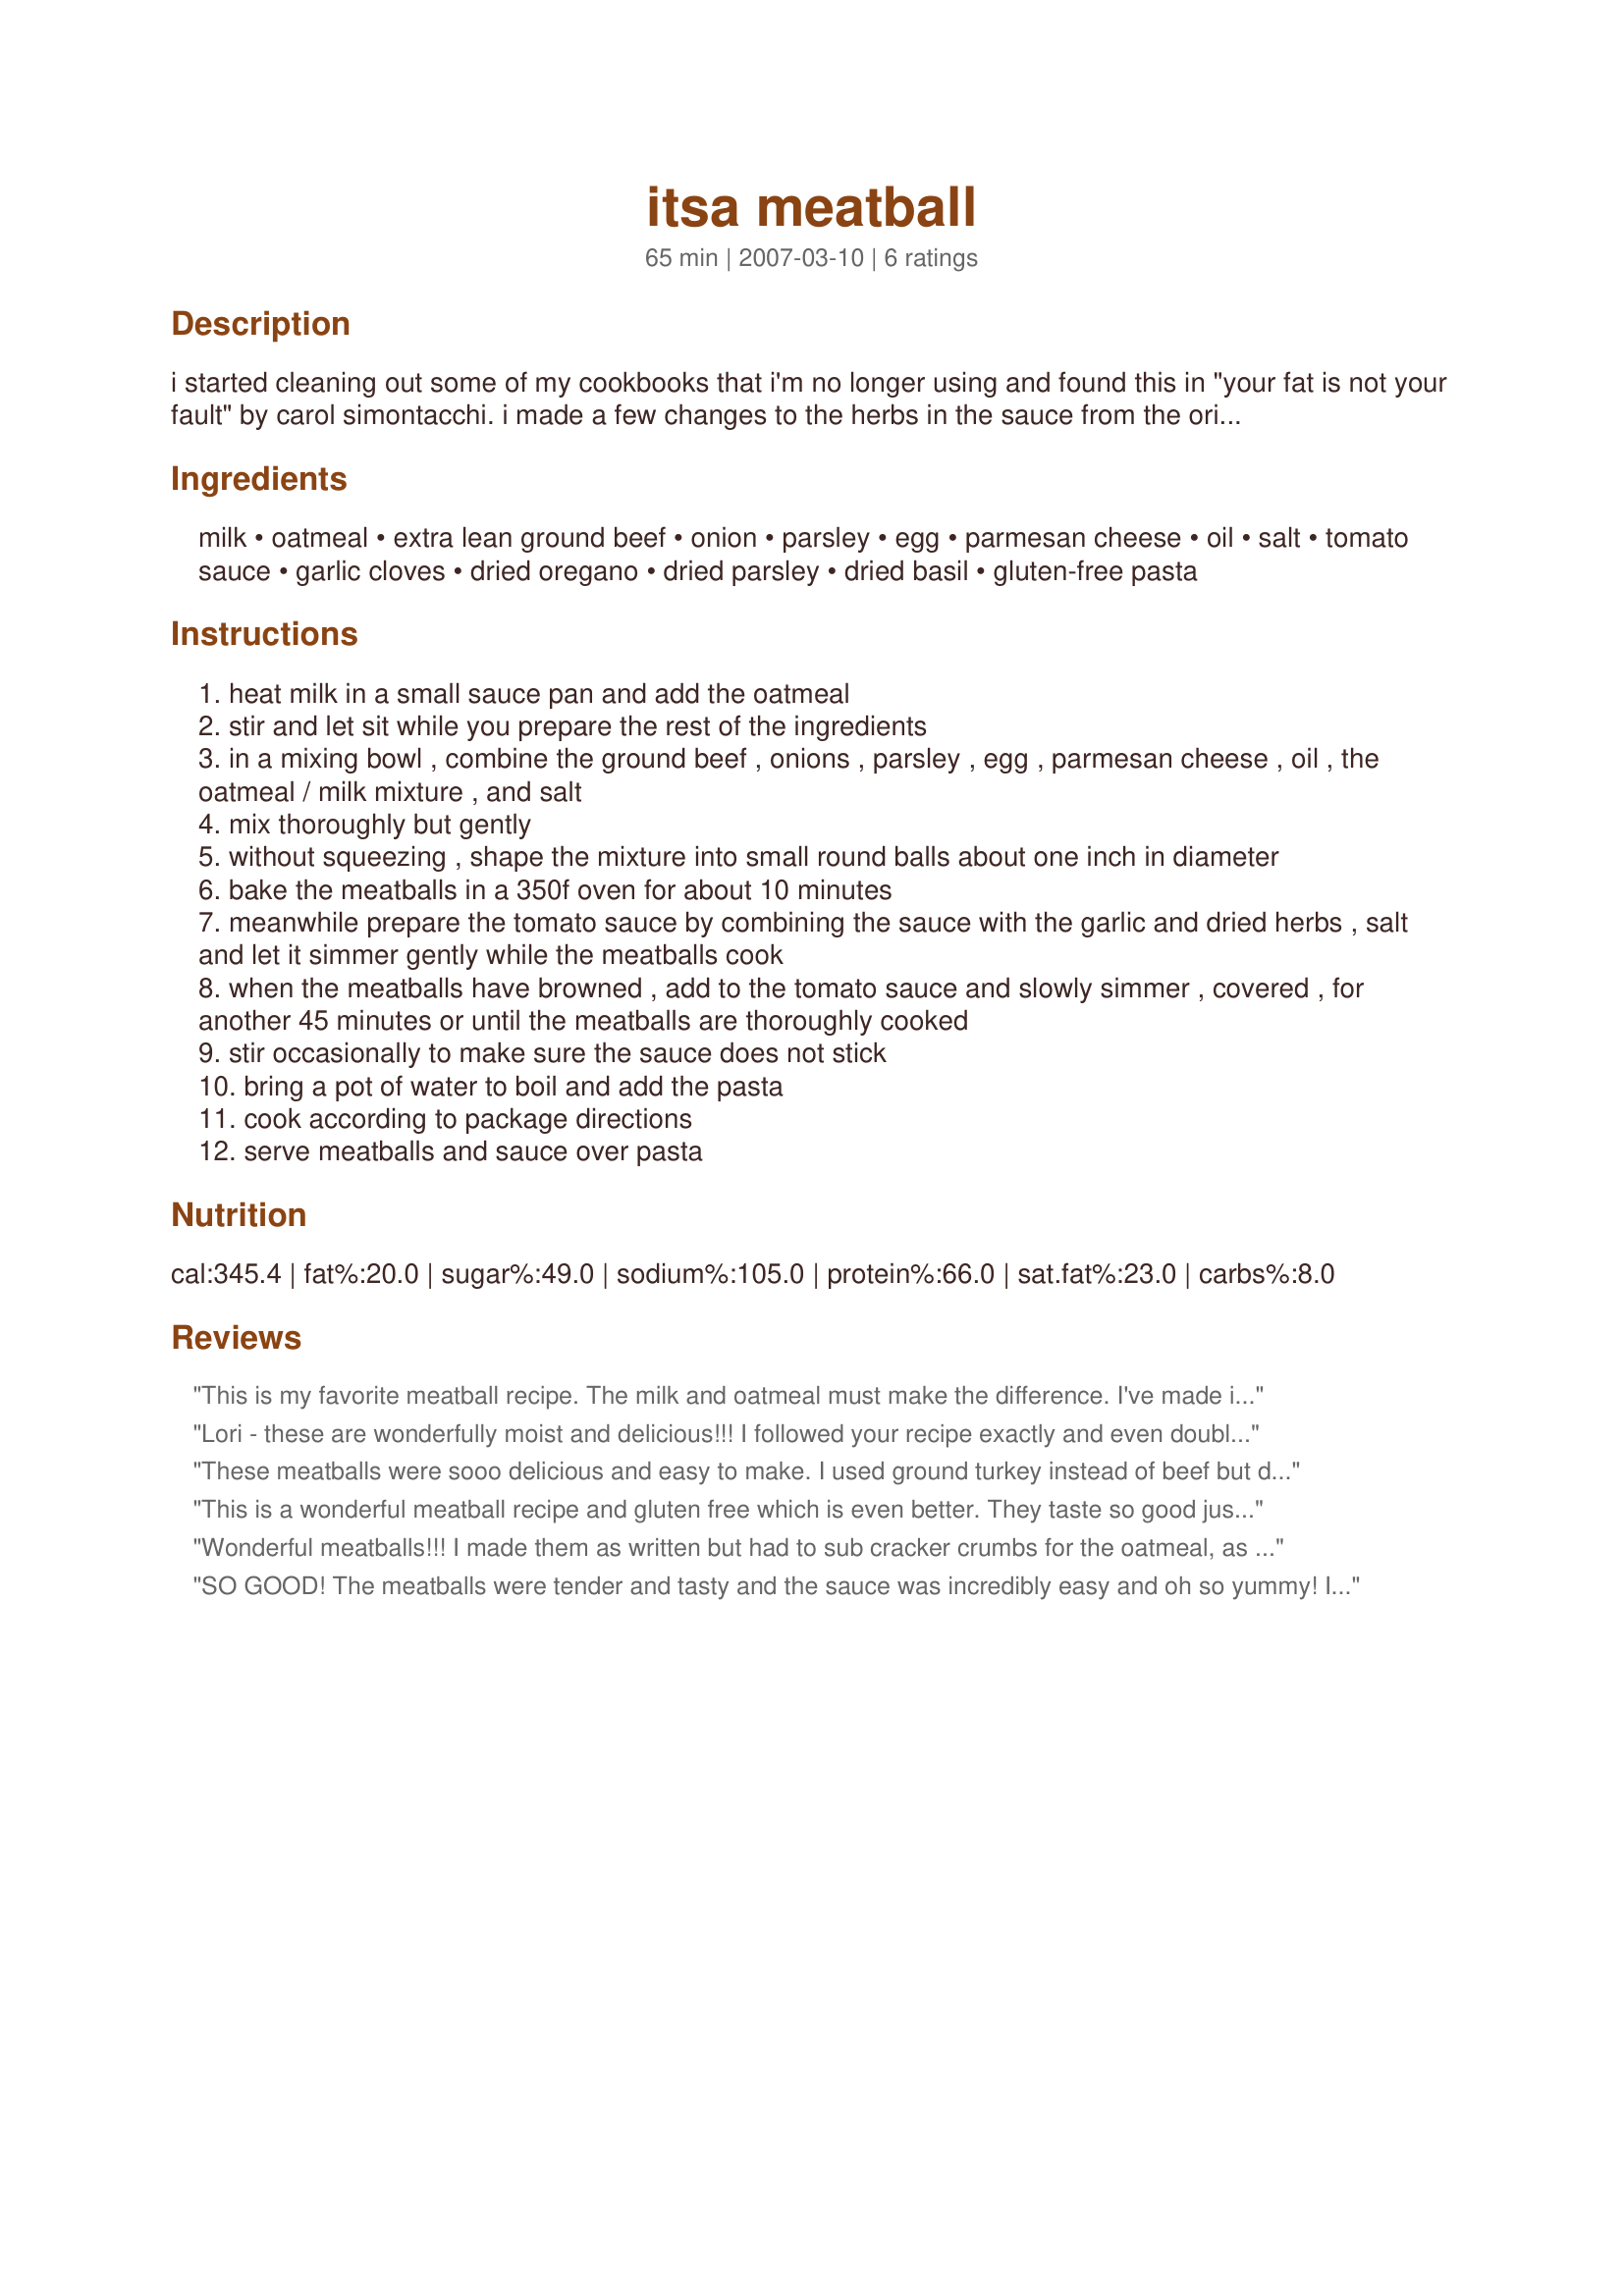
itsa meatball
Preparation time: 65 minutes

i started cleaning out some of my cookbooks that i'm no longer using and found this in "your fat is not your fault" by carol simontacchi. i made a few changes to the herbs in the sauce from the original recipe and it was a nice change from my usual spaghetti dinner. edited as per review -- one serving = five to six meatballs (depending on size).

Ingredients:
milk, oatmeal, extra lean ground beef, onion, parsley, egg, parmesan cheese, oil, salt, tomato sauce, garlic cloves, dried oregano, dried parsley, dried basil, gluten-free pasta

Steps:
heat milk in a small sauce pan and add the oatmeal
stir and let sit while you prepare the rest of the ingredients
in a mixing bowl , combine the ground beef , onions , parsley , egg , parmesan cheese , oil , the oatmeal / milk mixture , and salt
mix thoroughly but gently
without squeezing , shape the mixture into small round balls about one inch in diameter
bake the meatballs in a 350f oven for about 10 minutes
meanwhile prepare the tomato sauce by combining the sauce with the garlic and dried herbs , salt and let it simmer gently while the meatballs cook
when the meatballs have browned , add to the tomato sauce and slowly simmer , covered , for another 45 minutes or until the meatballs are thoroughly cooked
stir occasionally to make sure the sauce does not stick
bring a pot of water to boil and add the pasta
cook according to package directions
serve meatballs and sauce over pasta

Reviews:
This is my favorite meatball recipe. The milk and oatmeal must make the difference. I've made it with beef, turkey and a combo, all taste good. And I agree--make lots and freeze for later. Good for meatball sandwiches too.
Lori - these are wonderfully moist and delicious!!! I followed your recipe exactly and even doubled the amount so I could freeze some meatballs for later. (I had 42 meatballs at 1" size by doubling so I think your 6 meatballs may be off a bit with one pound of beef - probably more like 16-20) I did goof and added the garlic to the meatballs themselves but it all worked out (b/c I realized and stopped at 3 cloves instead of doubling them). I served with wheat pasta and the family and two of the kids' friends woofed it all down!! Made during Summer Spectacular Event in Cooking Tag forum, June 2009. :)
These meatballs were sooo delicious and easy to make. I used ground turkey instead of beef but did not change any other part of the recipe. My 4 1/2 year old son who is a very picky eater loved them and even had seconds. I will definitely make this again.
This is a wonderful meatball recipe and gluten free which is even better. They taste so good just by themselves. Also yum as a burger patty. I accidentally thought it was one finely diced onion not one tsp...but it actually was very delicious. I added a splash of soy sauce to the meat and a bit of the garlic in the meatball as well. This is def now my go to recipe for meatballs. Thank you for posting!
Wonderful meatballs!!! I made them as written but had to sub cracker crumbs for the oatmeal, as I made oatmeal cookies earlier that day and used all the oatmeal up!! I then added the milk with the crackers and the only other thing I did different was to add some tomato paste to thicken the sauce up more to stick to the spaghetti!! Served with garlic bread and salad, yummy dinner!!! I made 3 inch meatballs so I got about 7 meatballs!! Thanks for sharing your recipe.
SO GOOD! The meatballs were tender and tasty and the sauce was incredibly easy and oh so yummy! I made about double the pasta (pipette shape) and we all thoroughly enjoyed this. Made for Went To The Market tag. Thanks for a terrific dinner LARavenscroft! :)
